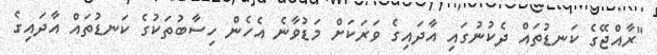
"ރާއްޖޭގެ ކަނޑުތައް ދެކުނުގައި އާދައިގެ ވަރަކަށް މަޑުވާނެ އެހެން ހިސާބުތަކުގެ ކަނޑުތައް އާދައިގެ